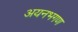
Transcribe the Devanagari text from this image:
अयनभगण